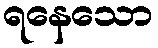
ရနေသော